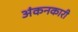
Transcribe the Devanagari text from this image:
अंकनकारी